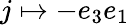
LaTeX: j\mapsto-e_{3}e_{1}